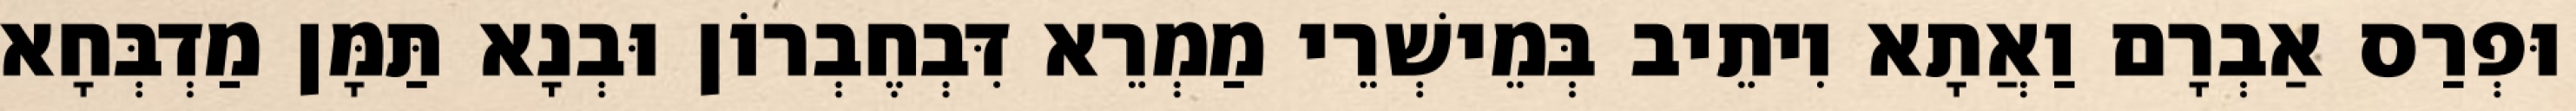
וּפְרַס אַבְרָם וַאֲתָא וִיתֵיב בְּמֵישְׁרֵי מַמְרֵא דִּבְחֶבְרוֹן וּבְנָא תַּמָּן מַדְבְּחָא